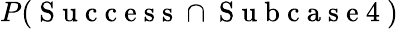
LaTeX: P(\mathrm{~S~u~c~c~e~s~s~}\cap\mathrm{~S~u~b~c~a~s~e~4~})